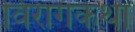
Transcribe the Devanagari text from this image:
विरागकथा